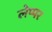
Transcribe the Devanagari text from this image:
लेप्पर